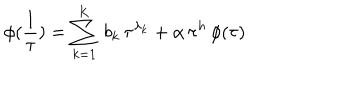
\phi ( \frac { 1 } { \tau } ) = \sum _ { k = 1 } ^ { \mathrm { K } } \, b _ { k } \, \tau ^ { \lambda _ { k } } + \alpha \, \tau ^ { h } \, \phi ( \tau )